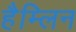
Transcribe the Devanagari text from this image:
हैम्लिन